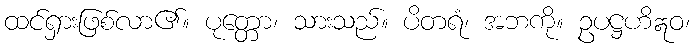
ထင်ရှားဖြစ်လာ၏။ ပုတ္တော၊ သားသည်။ ပိတရံ၊ အဘကို။ ဥပဋ္ဌဟိဣဝ၊